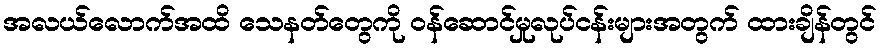
အလယ်လောက်အထိ သေနတ်တွေကို ဝန်ဆောင်မှုလုပ်ငန်းများအတွက် ထားချိန်တွင်